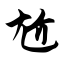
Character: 尬